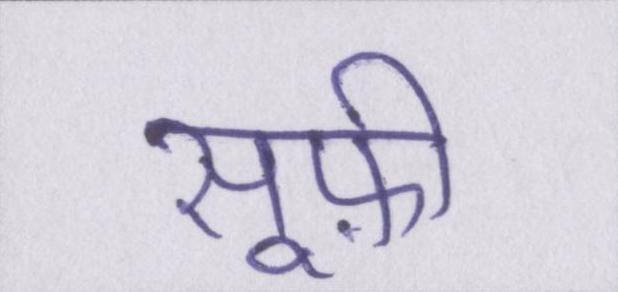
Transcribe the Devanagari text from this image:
सूफ़ी